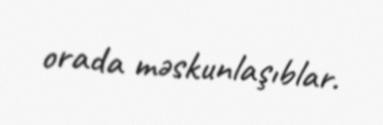
orada məskunlaşıblar.